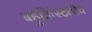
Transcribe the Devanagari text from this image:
बहुक्रिस्टलीय